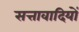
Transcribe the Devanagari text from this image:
सत्तावादियों